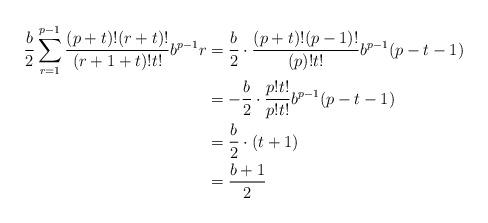
LaTeX: \begin{align*}\frac{b}{2}\sum_{r=1}^{p-1}\frac{(p+t)!(r+t)!}{(r+1+t)!t!}b^{p-1}r &= \frac{b}{2}\cdot\frac{(p+t)!(p-1)!}{(p)!t!}b^{p-1}(p-t-1)\\&= -\frac{b}{2}\cdot \frac{p!t!}{p!t!}b^{p-1}(p-t-1)\\&= \frac{b}{2}\cdot (t+1)\\&= \frac{b+1}{2}\end{align*}